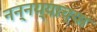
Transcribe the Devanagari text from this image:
नन्नय्याच्या